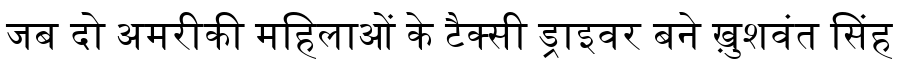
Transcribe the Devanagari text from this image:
जब दो अमरीकी महिलाओं के टैक्सी ड्राइवर बने ख़ुशवंत सिंह